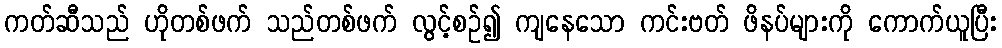
ကတ်ဆီသည် ဟိုတစ်ဖက် သည်တစ်ဖက် လွင့်စဉ်၍ ကျနေသော ကင်းဗတ် ဖိနပ်များကို ကောက်ယူပြီး